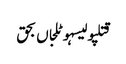
قتلپولیسہوٹلجاں بحق